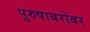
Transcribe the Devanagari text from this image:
पुरुषाबरोबर